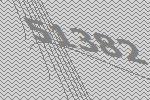
51382